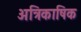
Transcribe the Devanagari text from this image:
अत्रिकाषिक